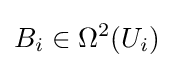
B_{i}\in \Omega ^{2}(U_{i})